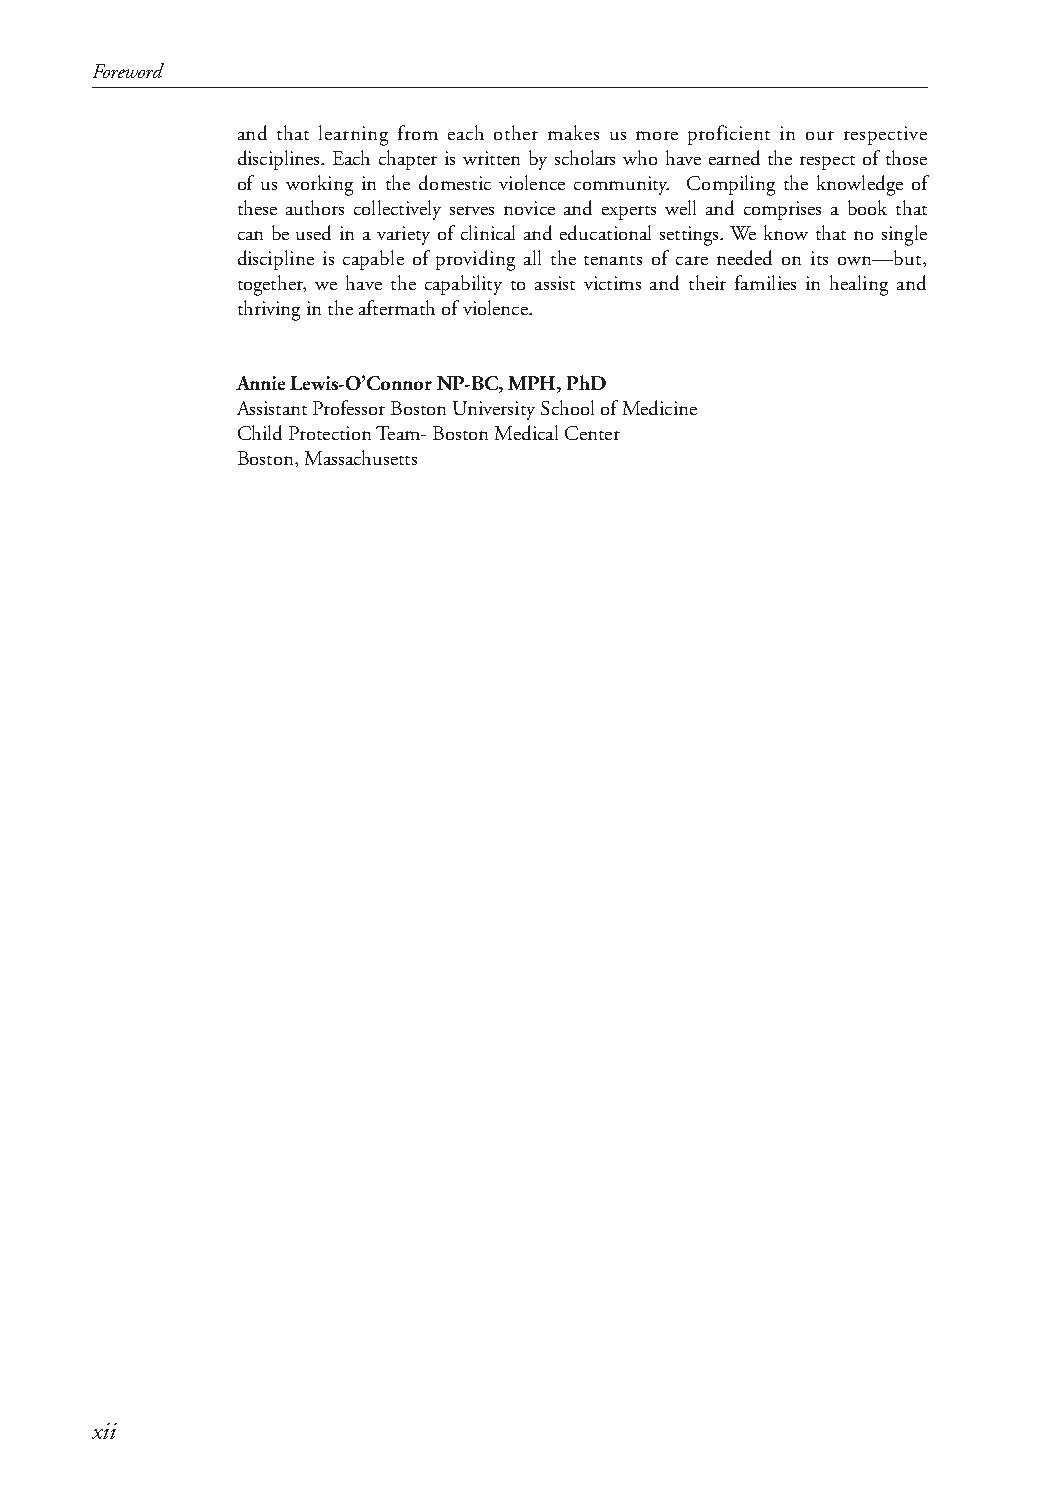
Foreword
 and that learning from each other makes us more proficient in our respective
 disciplines. Each chapter is written by scholars who have earned the respect of those
 of us working in the domestic violence community. Compiling the knowledge of
 these authors collectively serves novice and experts well and comprises a book that
 can be used in a variety of clinical and educational settings. We know that no single
 discipline is capable of providing all the tenants of care needed on its own—but,
 together, we have the capability to assist victims and their families in healing and
 thriving in the aftermath of violence.
 Annie Lewis-O’Connor NP-BC, MPH, PhD
 Assistant Professor Boston University School of Medicine
 Child Protection Team- Boston Medical Center
 Boston, Massachusetts
 xii